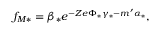
f _ { M \ast } = \beta _ { \ast } e ^ { - { Z e } \Phi _ { \ast } \gamma _ { \ast } - m ^ { \prime } \alpha _ { \ast } } ,